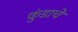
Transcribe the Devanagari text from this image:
कुंडाचे